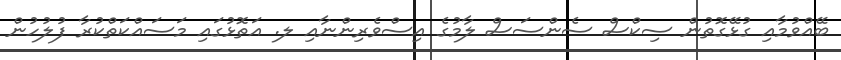
ބޭއްވުމާއި ގުޅޭގޮތުން ސިކްސް ސެންސަސް ލާމުގެ އިސްވެރިންނާއި ލ. އަތޮޅުގައި މަސައްކަތްކުރާ ފުލުހުން